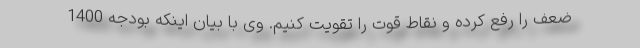
ضعف را رفع کرده و نقاط قوت را تقویت کنیم. وی با بیان اینکه بودجه 1400